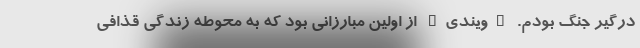
درگیر جنگ بودم. "ویندی" از اولین مبارزانی بود که به محوطه زندگی قذافی